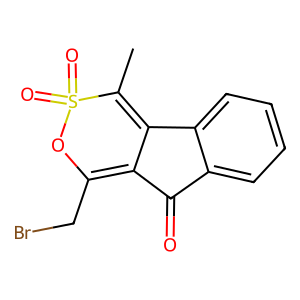
SMILES: CC1=C2C(=C(CBr)OS1(=O)=O)C(=O)c1ccccc12
Inhibits HIV replication: No